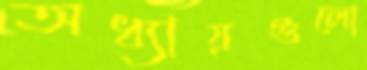
অধ্যায়গুলো